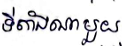
ទីតាំងណាមួយ